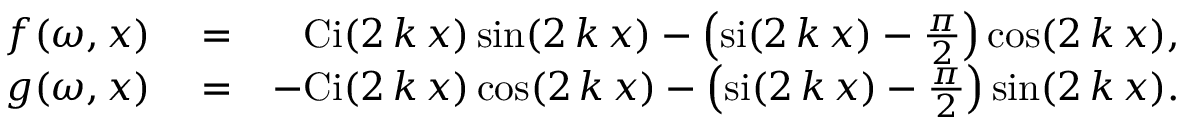
\begin{array} { r l r } { f ( \omega , x ) } & { { } = } & { \mathrm { C i } ( 2 \, k \, x ) \sin ( 2 \, k \, x ) - \left( \mathrm { s i } ( 2 \, k \, x ) - \frac { \pi } { 2 } \right) \cos ( 2 \, k \, x ) , } \\ { g ( \omega , x ) } & { { } = } & { \mathrm { - C i } ( 2 \, k \, x ) \cos ( 2 \, k \, x ) - \left( \mathrm { s i } ( 2 \, k \, x ) - \frac { \pi } { 2 } \right) \sin ( 2 \, k \, x ) . } \end{array}